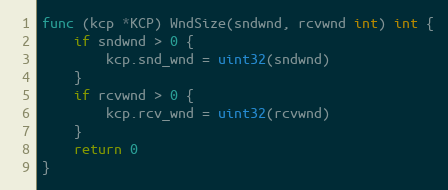
Language: Go
func (kcp *KCP) WndSize(sndwnd, rcvwnd int) int {
	if sndwnd > 0 {
		kcp.snd_wnd = uint32(sndwnd)
	}
	if rcvwnd > 0 {
		kcp.rcv_wnd = uint32(rcvwnd)
	}
	return 0
}